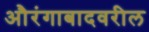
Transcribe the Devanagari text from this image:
औरंगाबादवरील